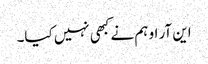
این آر او ہم نے کبھی نہیں کیا۔